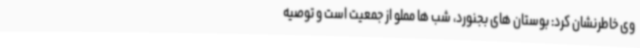
وی خاطرنشان کرد: بوستان های بجنورد، شب ها مملو از جمعیت است و توصیه